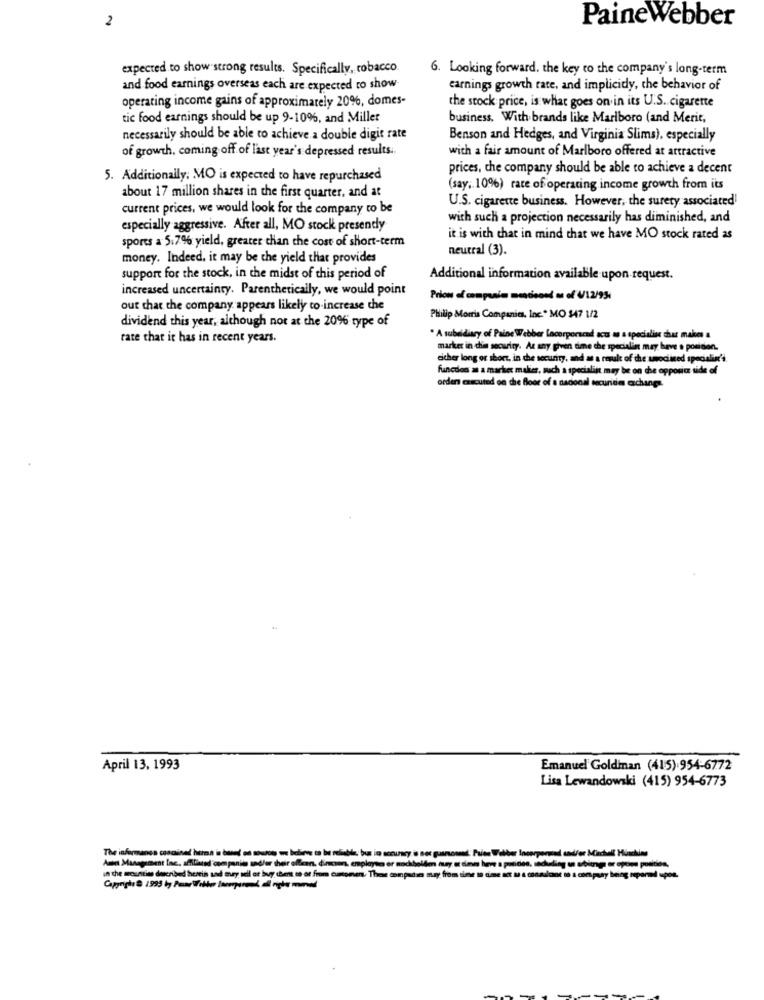
2
PaineWebber
expected to show strong results. Specifically, tobacco
6. Looking forward. the key to the company's long-term
and food earnings overseas each are expected to show
earnings growth rate, and implicidy, the behavior of
operating income gains of approximately 20%, domes-
the stock price, is what goes on in its U.S. cigarette
tic food earnings should be up 9-10%, and Miller
business. With brands like Marlboro (and Merit,
necessarily should be able to achieve a double digit rate
Benson and Hedges, and Virginia Slims), especially
of growth, coming off of last year's depressed results ..
with a fair amount of Marlboro offered at attractive
prices, che company should be able to achieve a decent
5. Additionally: MO is expected to have repurchased
(say, 10%) rate of operating income growth from its
about 17 million shares in the first quarter, and at
U.S. cigarette business. However, the surety associated!
current prices, we would look for the company to be
with such a projection necessarily has diminished, and
especially aggressive. After all, MO stock presendy
it is with that in mind that we have MO stock rated as
sports a 5.7% yield, greater than the cost of short-term
neutral (3).
money. Indeed, it may be the yield that provides
support for the stock, in the midst of this period of
Additional information available upon request.
increased uncertainty. Parenthetically, we would point
Prion of companies mentioned mu of 4/12/95,
out that the company appears likely to increase the
dividend this year, although not at the 20% type of
Philip Morris Companies, Inc." MO $47 1/2
rate that it has in recent years.
. A subsidiary of Paine Webber Lacorporsend acts as a specialise that makes a
marker in chin security. At any given time the specialin may have a position.
either long or short, in the security, and as a result of the umociined specialist'4.
funcdon as a marker malier, such a specialist may be on the opposite side of
orden executed on the floor of a nacional securities exchange.
April 13. 1993
Emanuel Goldinan (415).954-6772
Lisa Lewandowski (415) 954-6773
gusnoseud. Faits Webber Incorpormed andfer Minchell Hinckins
Am Management Inc. affiliated com panie sadler their offean, dinner, employee or nochbollen ary E dom
in the mountime described herein and tury sell or buy thent so or from cumomen. These compade
Cappaphi @ 1995 by Pour Witter lampen diplo merad